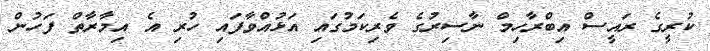
ކުރީގެ ރައީސް އިބްރާހިމް ނާސިރުގެ ވެރިކަމުގައި އަޅުއްވާފައި ހުރި އެ އިމާރާތް ފަހުން